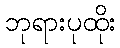
ဘုရားပုထိုး